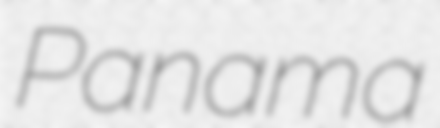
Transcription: Panama